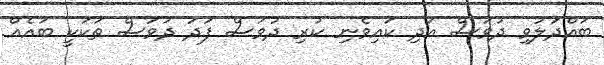
ބައްދަލުވި ދުވަސް އަދި ކައިވެނި ކުރި ދުވަސް ފަދަ ދުވަސް ތަކަކީ ބައެއް